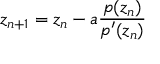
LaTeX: z _ { n + 1 } = z _ { n } - a { \frac { p ( z _ { n } ) } { p ^ { \prime } ( z _ { n } ) } }